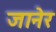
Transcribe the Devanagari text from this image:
जानेर